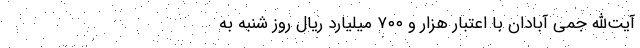
آیت‌الله جمی آبادان با اعتبار هزار و ۷۰۰ میلیارد ریال روز شنبه به